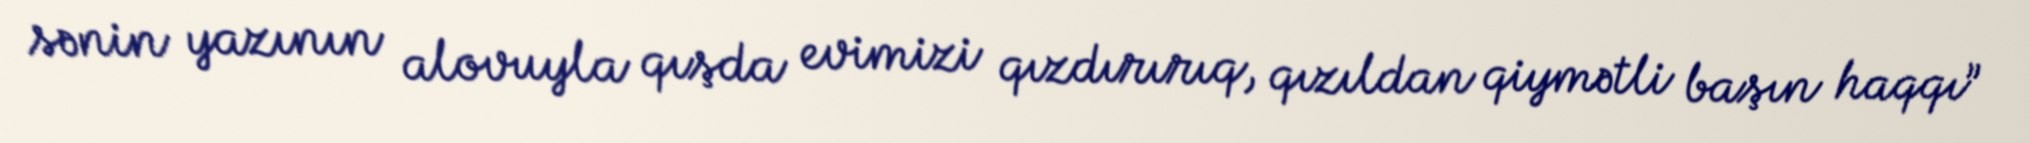
sənin yazının alovuyla qışda evimizi qızdırırıq, qızıldan qiymətli başın haqqı”